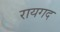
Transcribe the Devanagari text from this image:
रायगद